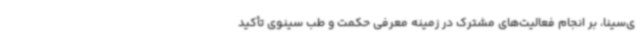
ی‌سینا، بر انجام فعالیت‌های مشترک در زمینه معرفی حکمت و طب سینوی تأکید